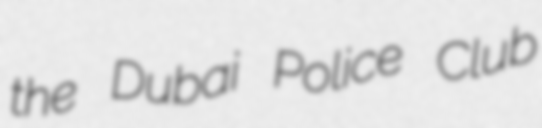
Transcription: the Dubai Police Club